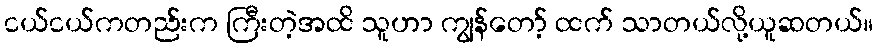
ငယ်ငယ်ကတည်းက ကြီးတဲ့အထိ သူဟာ ကျွန်တော့် ထက် သာတယ်လို့ယူဆတယ်။